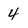
Character: 4